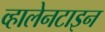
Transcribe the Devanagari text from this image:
व्हालेनटाइन